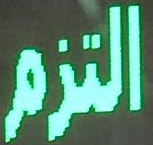
التزم